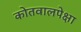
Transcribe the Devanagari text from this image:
कोतवालपेक्षा